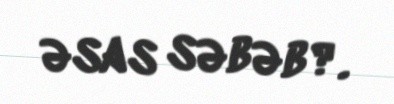
əsas səbəb?.